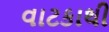
વાટકાથી